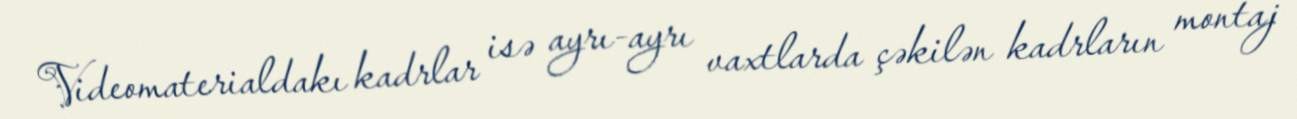
Videomaterialdakı kadrlar isə ayrı-ayrı vaxtlarda çəkilən kadrların montaj